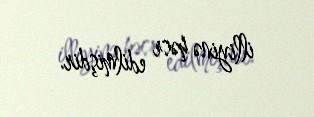
illiyinə həsr edilmişdir.